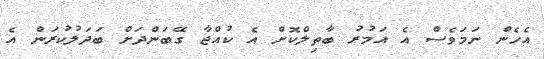
އެހެން ނަމަވެސް އެ އަމުރު ބާތިލްކޮށް އެ ކުއްޖާ ގޭބަންދަށް ބަދަލުކުރަން އެ